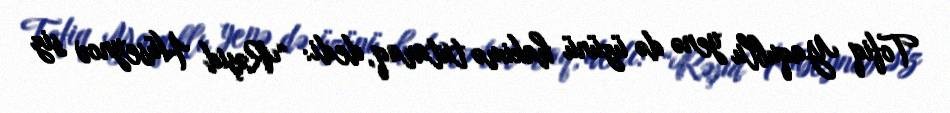
Tofiq Yaqublu yenə də üzünü hakimə tutaraq, dedi: “Rəşid Hüseynov siz